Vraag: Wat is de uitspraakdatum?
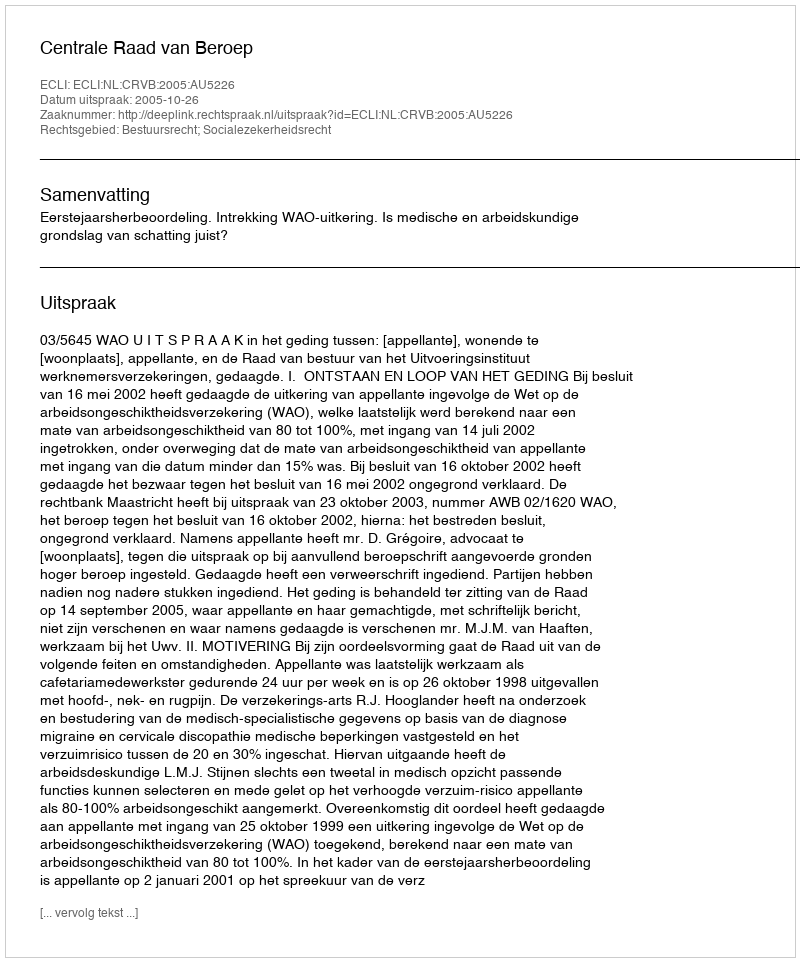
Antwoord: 2005-10-26